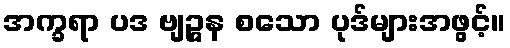
အက္ခရာ ပဒ ဗျဉ္ဇန စသော ပုဒ်များအဖွင့်။